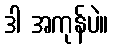
ဒါ အကုန်ပဲ။